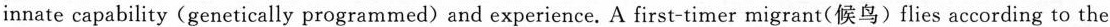
innate capability(genetically programmed) and experience. A first-timer migrant(候鸟) flies according to the